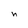
Character: n